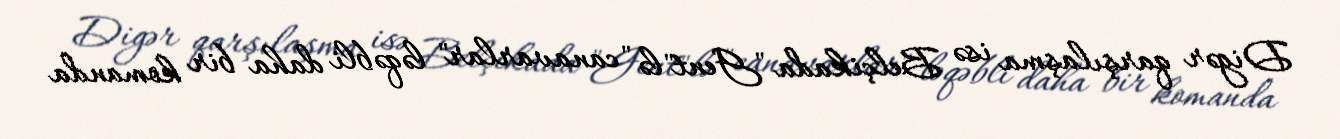
Digər qarşılaşma isə Belçikada "Gent"lə "canavarlar" ləqəbli daha bir komanda